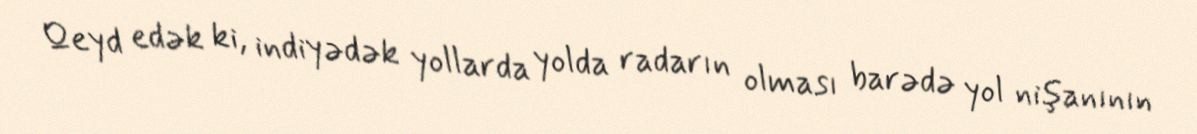
Qeyd edək ki, indiyədək yollarda yolda radarın olması barədə yol nişanının